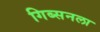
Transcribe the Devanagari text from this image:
गिब्सनला